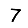
Digit: 7